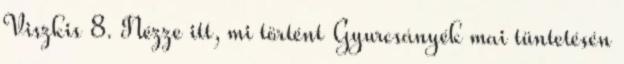
Viszkis 8. Nézze itt, mi történt Gyurcsányék mai tüntetésén